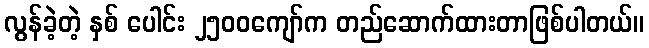
လွန်ခဲ့တဲ့ နှစ် ပေါင်း ၂၅၀၀ကျော်က တည်ဆောက်ထားတာဖြစ်ပါတယ်။